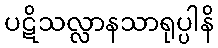
ပဋိသလ္လာနသာရုပ္ပါနိ